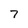
Character: 7